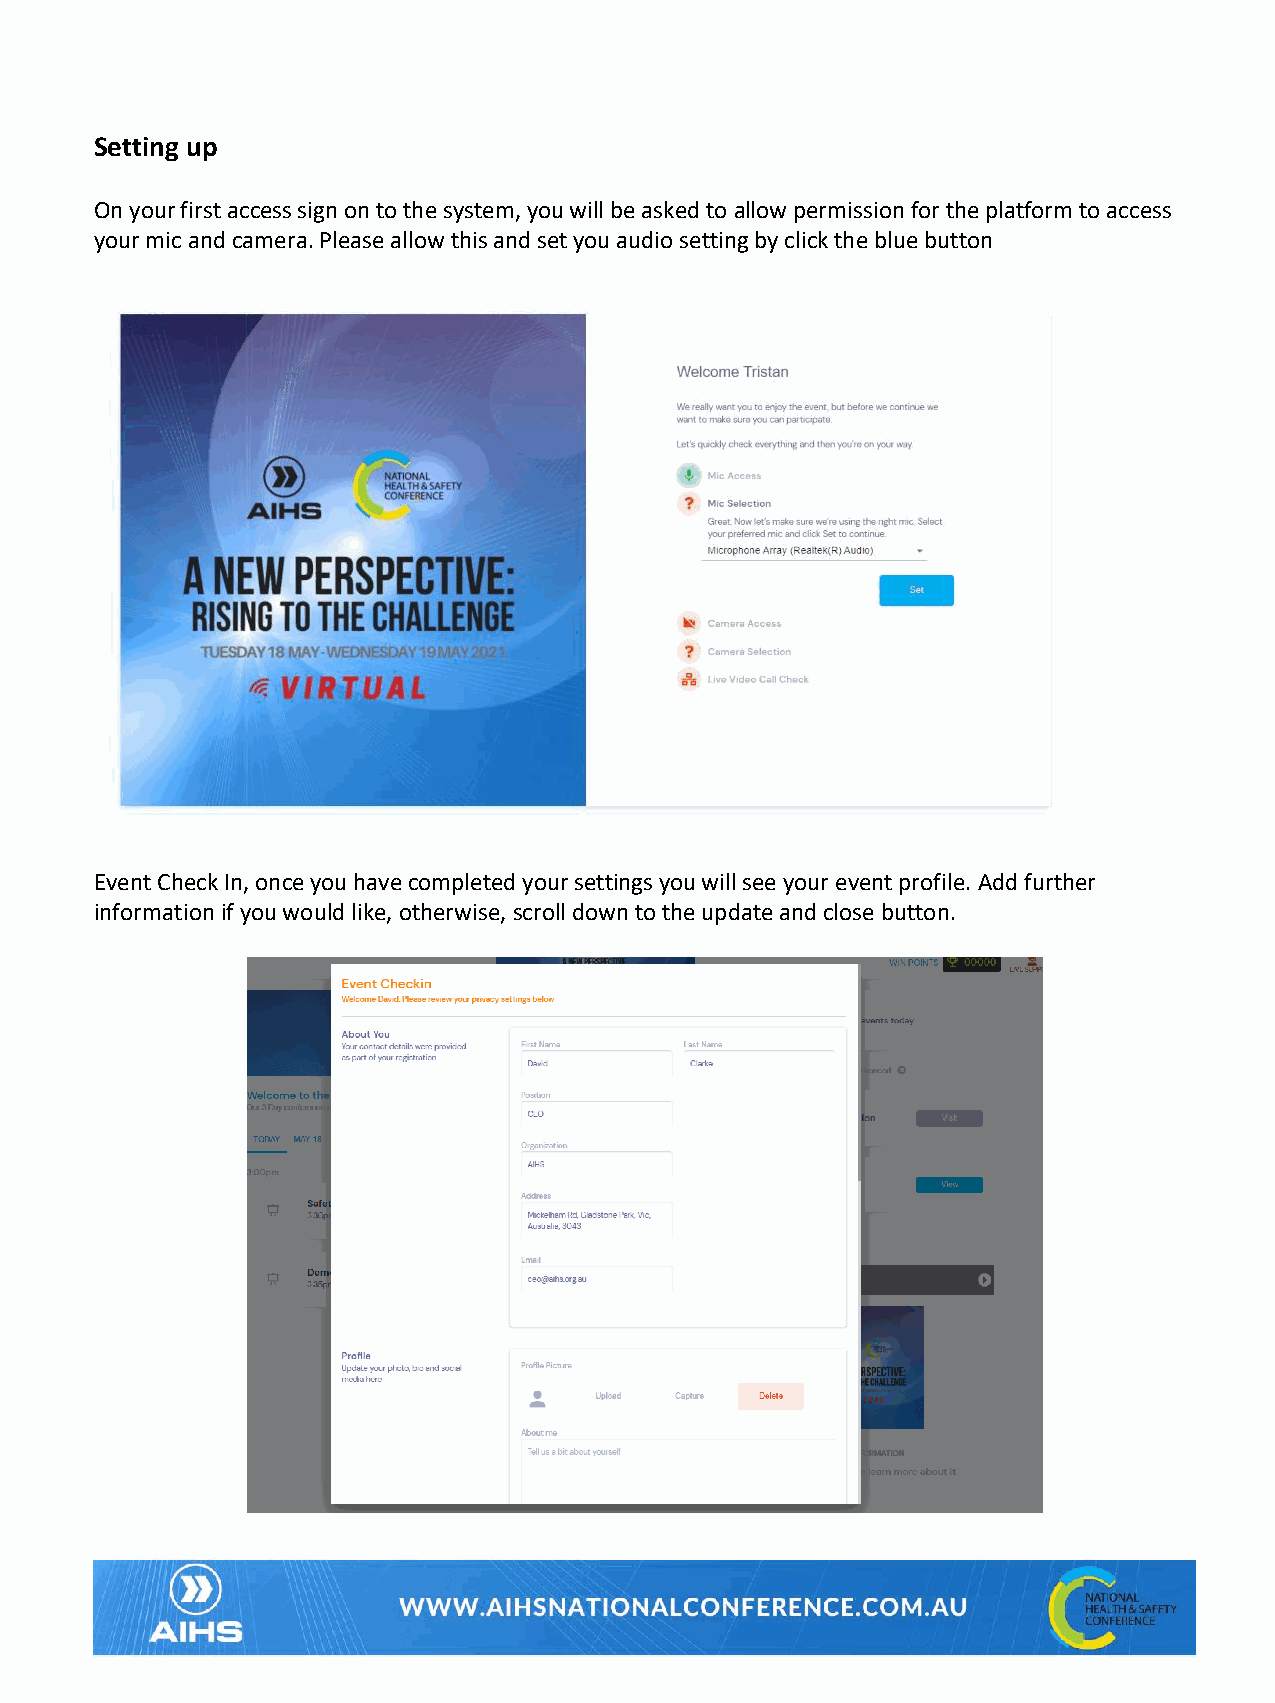
Setting up
 On your first access sign on to the system, you will be asked to allow permission for the platform to access
 your mic and camera. Please allow this and set you audio setting by click the blue button
 Event Check In, once you have completed your settings you will see your event profile. Add further
 information if you would like, otherwise, scroll down to the update and close button.